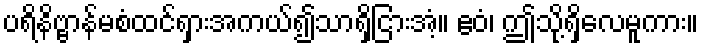
ပရိနိဗ္ဗာန်မစံထင်ရှားအကယ်၍သာရှိငြားအံ့။ ဧဝံ၊ ဤသို့ရှိလေမူကား။